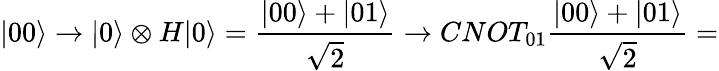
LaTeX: |00\rangle\rightarrow|0\rangle\otimes H|0\rangle=\frac{|00\rangle+|01\rangle}{\sqrt{2}}\rightarrow CNOT_{01}\frac{|00\rangle+|01\rangle}{\sqrt{2}}=